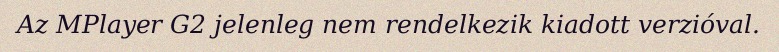
Az MPlayer G2 jelenleg nem rendelkezik kiadott verzióval.